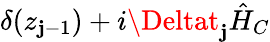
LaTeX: \delta(z_{\mathbf{j}-1})+i\Deltat_{\mathbf{j}}\hat{{H}}_{C}